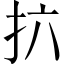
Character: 𫼚